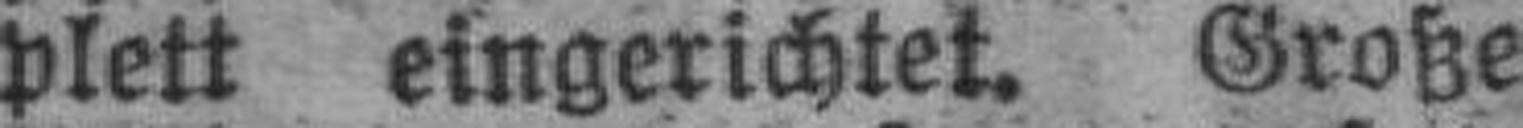
plett eingerichtet. Große